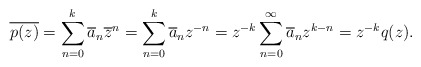
\begin{align*} \overline{p(z)}=\sum_{n=0}^k \overline{a}_n \overline{z}^n = \sum_{n=0}^k \overline{a}_n z^{-n} =z^{-k} \sum_{n=0}^\infty \overline{a}_n z^{k-n} =z^{-k}q(z).\end{align*}